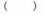
( )